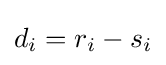
d_{i}=r_{i}-s_{i}